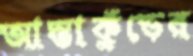
আস্তাকুঁড়ের